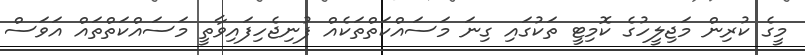
މީގެ ކުރިން މަޖިލީހުގެ ކޮމިޓީ ތަކުގައި ގިނަ މަސައްކަތްތަކެއް ފުނިޖެހިފައިވާތީ މަސައްކަތްތައް އަވަސް